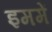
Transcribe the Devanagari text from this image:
इममें